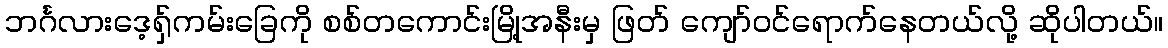
ဘင်္ဂလားဒေ့ရှ်ကမ်းခြေကို စစ်တကောင်းမြို့အနီးမှ ဖြတ် ကျော်ဝင်ရောက်နေတယ်လို့ ဆိုပါတယ်။